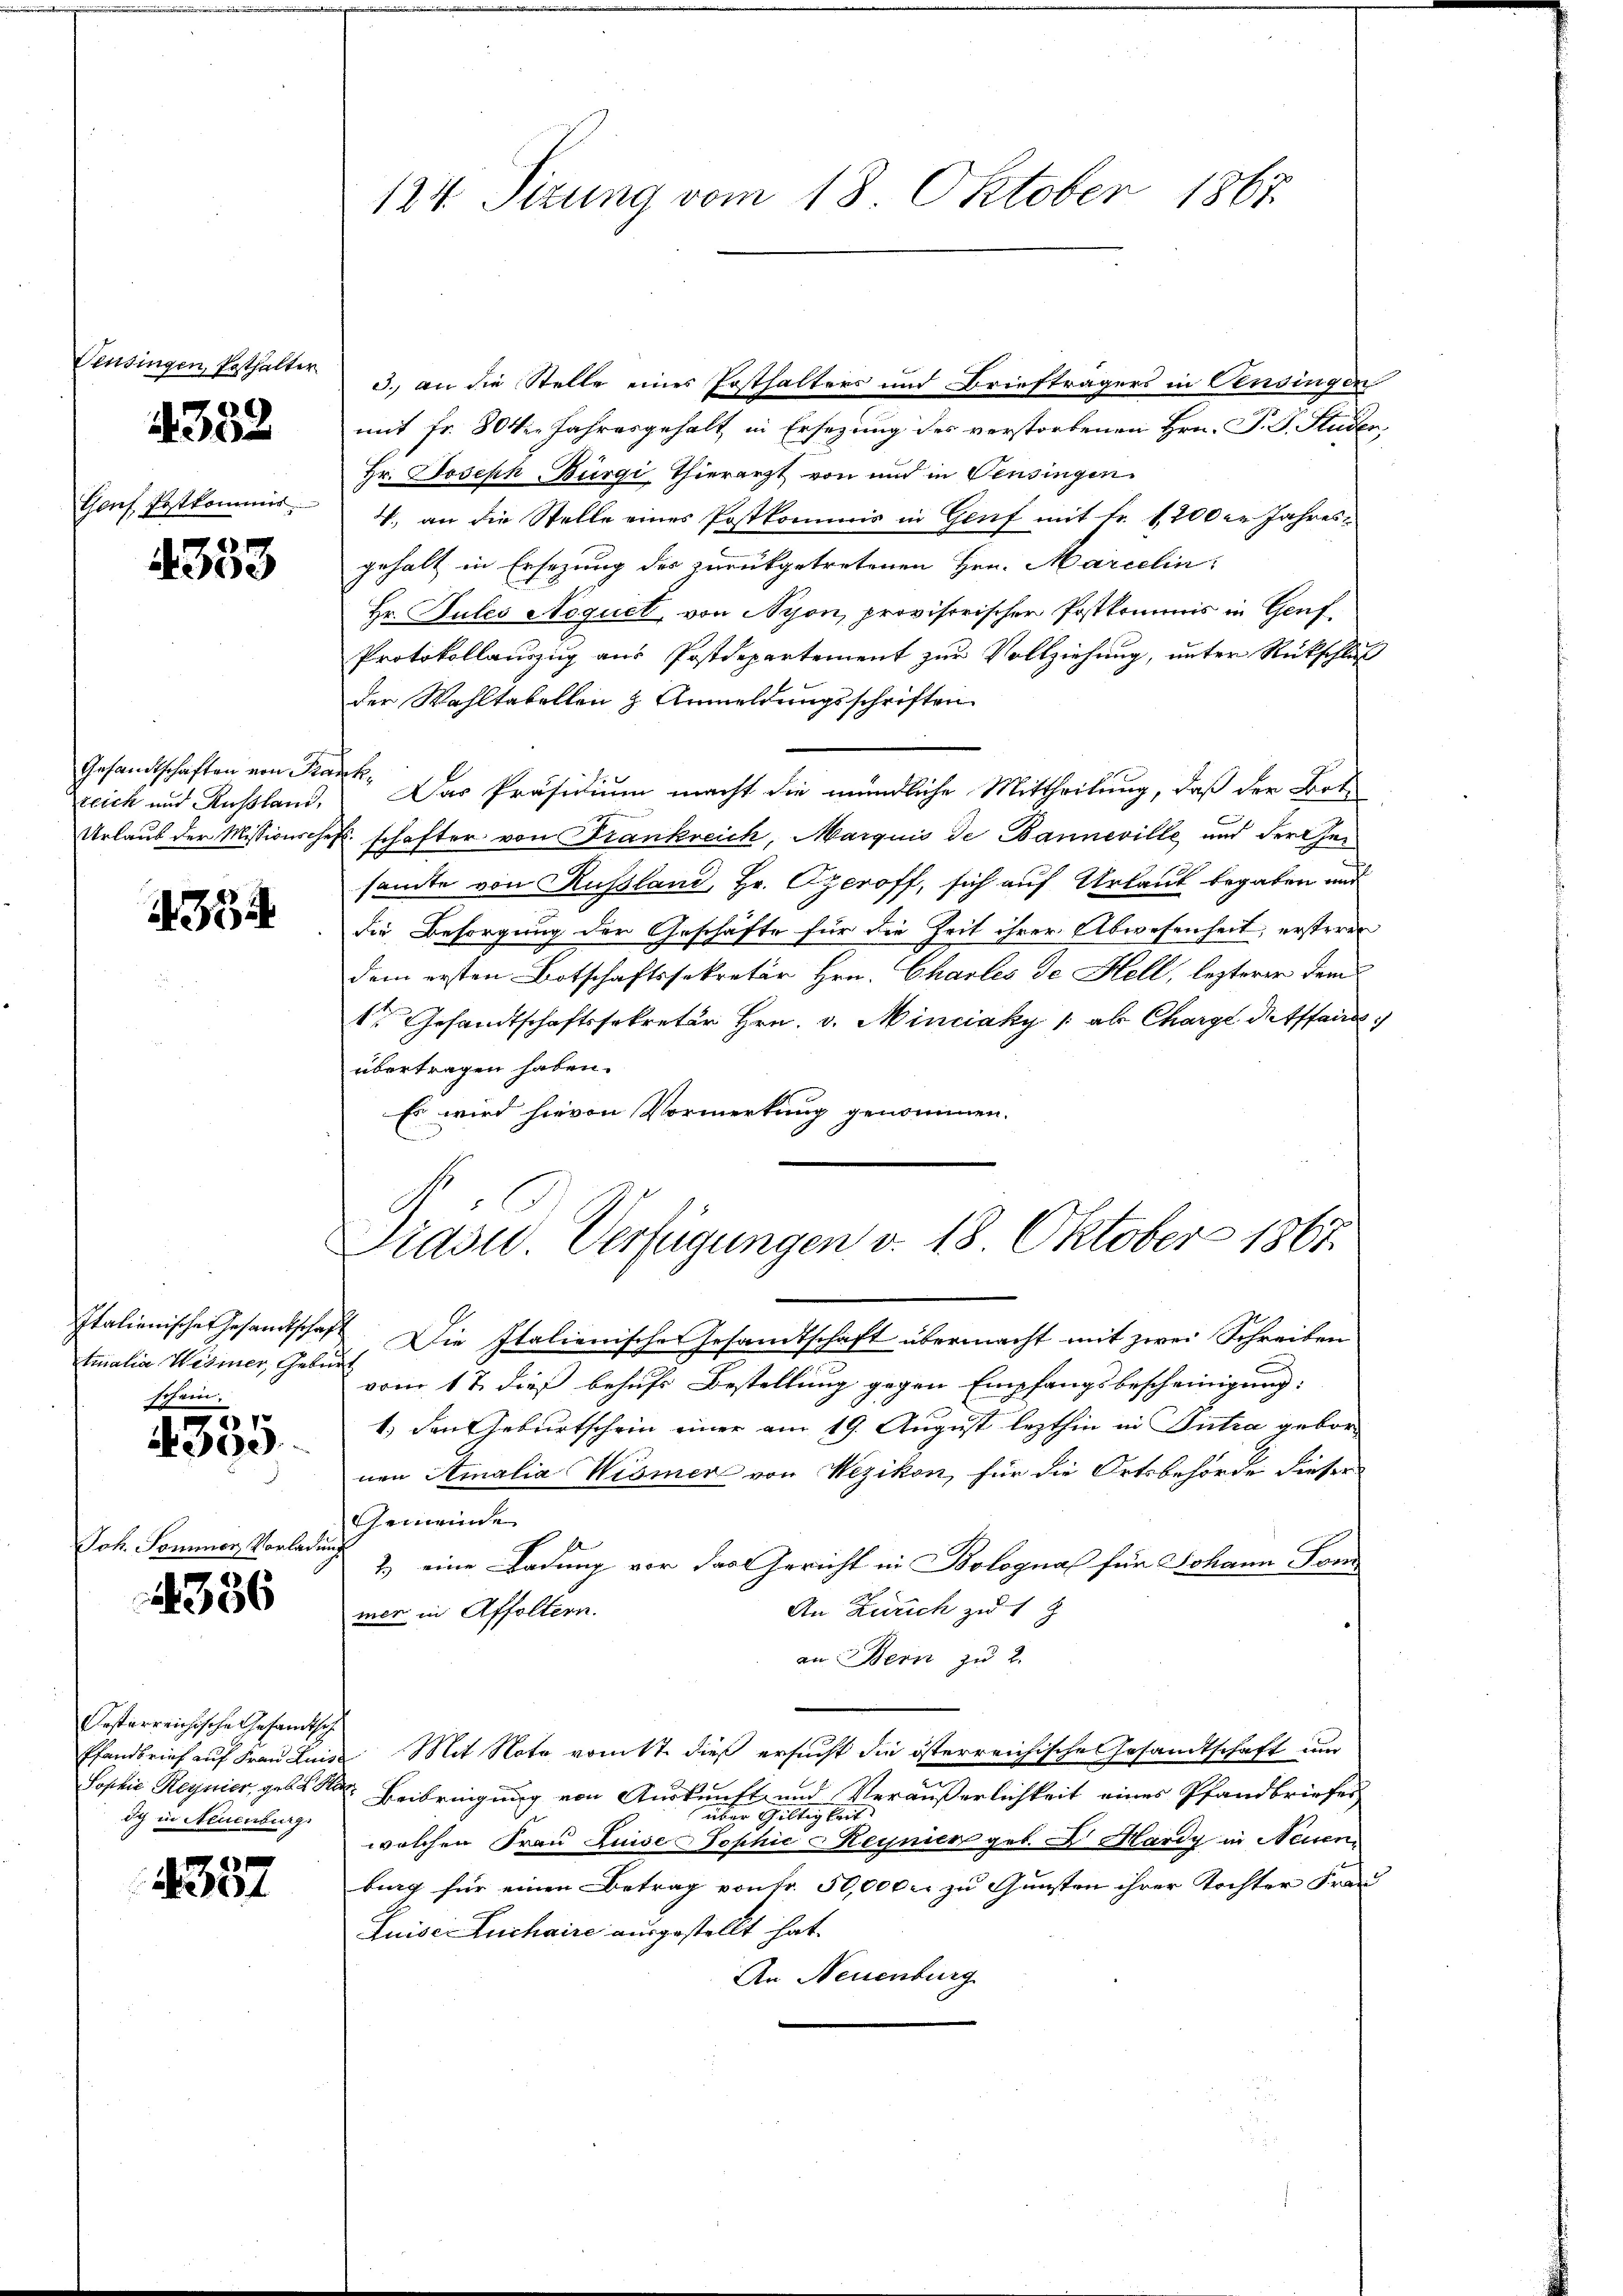
Censingen, Pesthalter

4352

Gons Postkommis

8
4300

Gesandtschaften von Pra
teich und Rußland,
Urlauf der Missionsche

1354

Italienisches Gesandtschaf
tialia Wismer, Gele
schein.

E
i
390

356

Oesterreichische Gesandtsch
Pfandbrief auf Frau Luis
Sophie Regnier, gebe S
Ich in Neuenburg

4357

124. Sizung vom 18. Oktober 1867.

d., an die Stelle eines Ersthalters und Briefträgers in Censingen
mit Fr. 80 die Jahresgehalt, in Ersezung des verstorbenen Hrn. P. G. Studen,
Hr. Joseph Bürgi, Thierarzt von und in Versingen
V., an die Stelle eines Postkommis in Genf mit Fr. 1200er Jahres
gehalt in Ersezung des zurückgetretenen Hrn. Marcelin
Hr. Pules Aequel, von Nyon, provisorischer Postkommnis in Genf¬
Protokollauszug aus Postdepartement zur Vollziehung, unter Rückschluß
der Wahltabellen & Anmeldungsschriften.
k. Das Präsidium macht die mündliche Mittheilung, daß der Botk. schafter von Frankreich, Marquis de Banneville und der Gesamte von Russland, Hr. Czeroff, sich auf Urlaut begaben und
die Besorgung der Geschäfte für die Zeit ihrer Abwesenheit, ersteren
dem ersten Botschaftssekretär Hrn. Charles de Hell, lezterer dem
1r Gesandtschaftssekretär Hrn. v. Minciaky 1 al Charge desstand
übertragen haben.
Es wird hievon Vormerkung genommen.
Präsid. Verfügungen v. 18. Oktober 1867.
2. Die Italienische Gesandtschaft übermacht mit zwei Schreiben
vom 17. dieß behufs Bestellung gegen Empfangsbescheinigung:
1.) den Geburtschein einer am 19. August lezthin in Putra gebornen Amalia Wismer von Wezikon, für die Ortsbehörde dieser
Gemeinde
2) eine Ladung vor das Gericht in Bolognal für Johann Sond
An Zürich zu 1 J
mer in Affoltern.
an Bern zu 2.
Mit Nota vom 17. dieß ersucht die österreichische Gesandtschaft um
X. Beibringung von Auskunft und Veräußerlichkeit eines Pfandbriefer
über Gültigkeit
welchen Frau Luise Sophie Heynier geb. 2. Märdy in Neuen
burg für einen Betrag von Fr. 50,000 r. zu Gunsten ihrer Tochter Frau
Luise Luchaire ausgestellt hat.
An Neuenburg